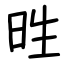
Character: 甠